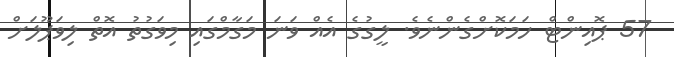
57 ޕޮއިންޓް ހަމަކޮށްގެންނެވެ. ލީގުގެ އެއް ވަނަ މަގާމްގައި މިވަގުތު އޮތް ލިވަޕޫލަށް